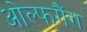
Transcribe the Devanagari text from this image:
ओल्फगैंग